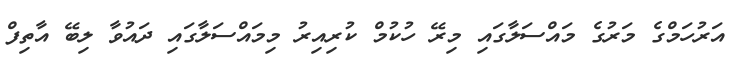
އަރުހަމްގެ މަރުގެ މައްސަލާގައި މިރޭ ހުކުމް ކުރިއިރު މިމައްސަލާގައި ދައުވާ ލިބޭ އާތިފް